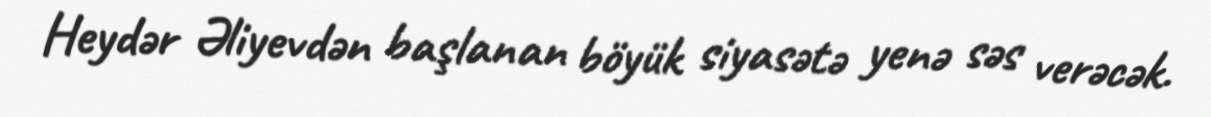
Heydər Əliyevdən başlanan böyük siyasətə yenə səs verəcək.